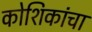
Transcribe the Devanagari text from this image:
कोशिकांचा